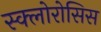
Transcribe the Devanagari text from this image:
स्क्लोरोसिस